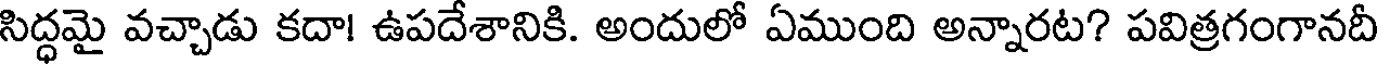
సిద్ధమై వచ్చాడు కదా! ఉపదేశానికి. అందులో ఏముంది అన్నారట? పవిత్రగంగానదీ